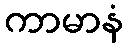
ကာမာနံ